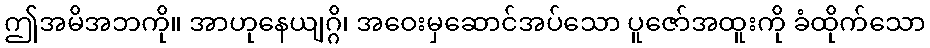
ဤအမိအဘကို။ အာဟုနေယျဂ္ဂိ၊ အဝေးမှဆောင်အပ်သော ပူဇော်အထူးကို ခံထိုက်သော